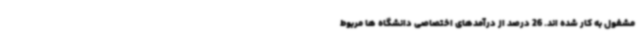
مشغول به کار شده اند. 26 درصد از درآمدهای اختصاصی دانشگاه ها مربوط